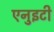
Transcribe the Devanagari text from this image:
एनुइटी